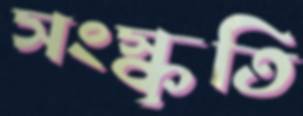
সংস্কৃতি